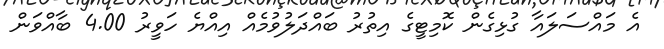
އެ މައްސަލައާ ގުޅިގެން ކޮމިޓީގެ އިތުރު ބައްދަލުވުމެއް އިއްޔެ ހަވީރު 4.00 ބާއްވަން